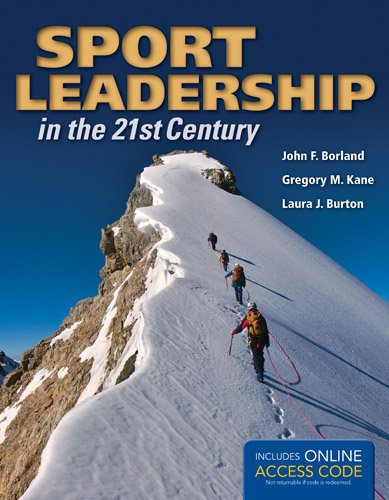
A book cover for Sport Leadership In The 21St Century; John F. Borland; Medical Books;